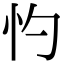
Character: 㣿